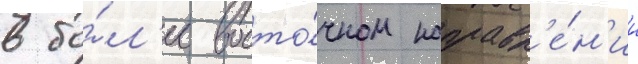
в бо́л'ее восто́чном направл'е́н'ии